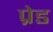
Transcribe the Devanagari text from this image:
प्रेड